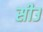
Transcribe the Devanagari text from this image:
सीउ